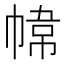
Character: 𭘮